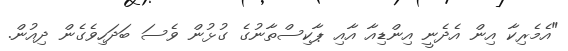
"އެމެރިކާ އިން އެދެނީ އިންޑިއާ އާއި ޕާކިސްތާނުގެ ގުޅުން ވެސަ ބަދަހިވެގެން ދިއުން.